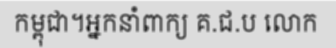
កម្ពុជា។អ្នកនាំពាក្យ គ.ជ.ប លោក